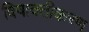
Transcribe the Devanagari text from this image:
विषाक्तीकरण